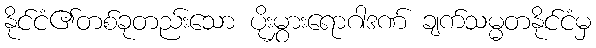
နိုင်ငံ၏တစ်ခုတည်းသော ပိုးမွှားရောဂါဒဏ် ချက်သမ္မတနိုင်ငံမှ